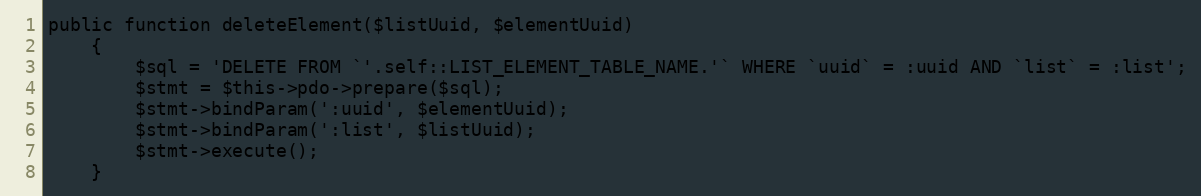
Language: PHP
public function deleteElement($listUuid, $elementUuid)
    {
        $sql = 'DELETE FROM `'.self::LIST_ELEMENT_TABLE_NAME.'` WHERE `uuid` = :uuid AND `list` = :list';
        $stmt = $this->pdo->prepare($sql);
        $stmt->bindParam(':uuid', $elementUuid);
        $stmt->bindParam(':list', $listUuid);
        $stmt->execute();
    }